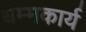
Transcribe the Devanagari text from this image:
धम्मकार्य